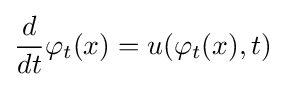
{\frac {d}{dt}}\varphi _{t}(x)=u(\varphi _{t}(x),t)